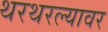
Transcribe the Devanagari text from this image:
थरथरल्यावर